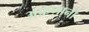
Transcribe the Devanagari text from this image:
अफ़ग़ानो